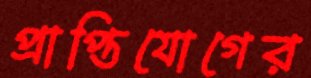
প্রাপ্তিযোগের